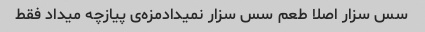
سس سزار اصلا طعم سس سزار نمیدادمزه‌ی پیازچه میداد فقط